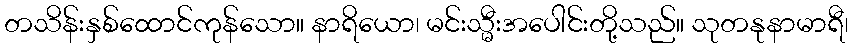
တသိန်းနှစ်ထောင်ကုန်သော။ နာရိယော၊ မင်းသ္မီးအပေါင်းတို့သည်။ သုတနုနာမာရီ၊